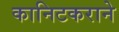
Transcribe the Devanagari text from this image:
कानिटकराने